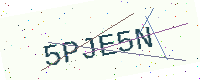
Text: 5PJE5N